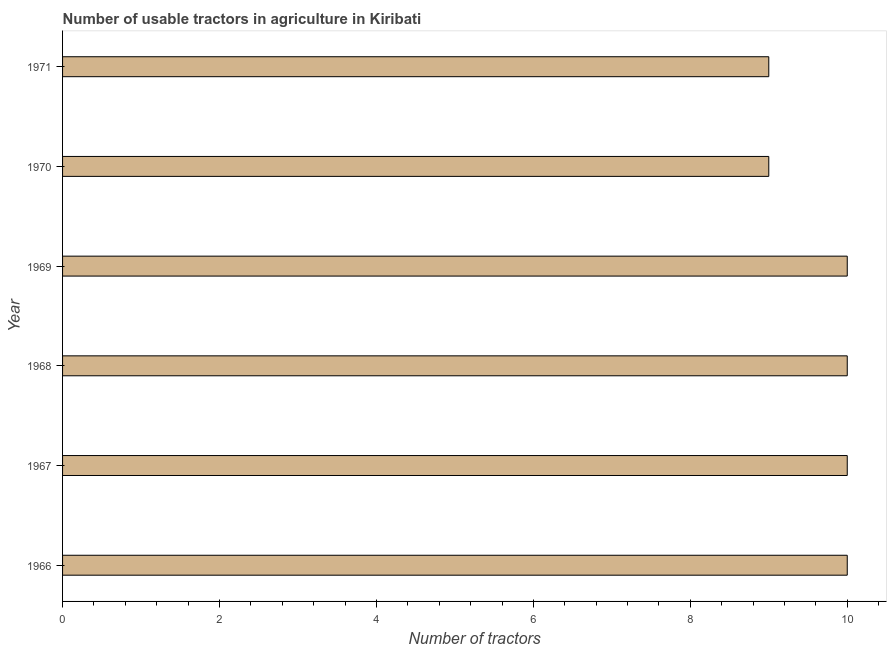
| Year | Agricultural machinery |
 | --- | --- |
 | 1966 | 10 |
 | 1967 | 10 |
 | 1968 | 10 |
 | 1969 | 10 |
 | 1970 | 9 |
 | 1971 | 9 |